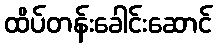
ထိပ်တန်းခေါင်းဆောင်